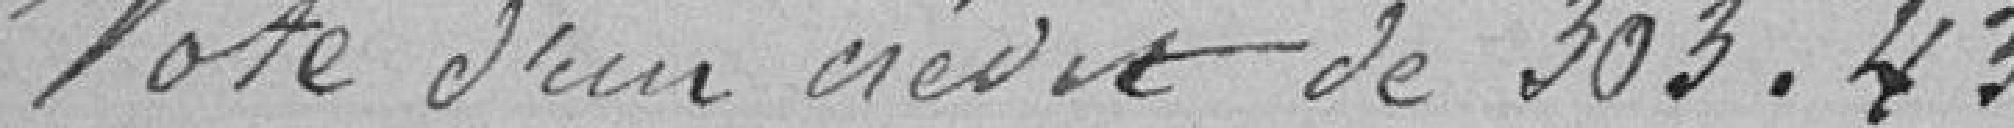
Vote d'un crédit de 303,43